Report on vaccination in the Province of Bengal - 1869-1873
Year: 1869
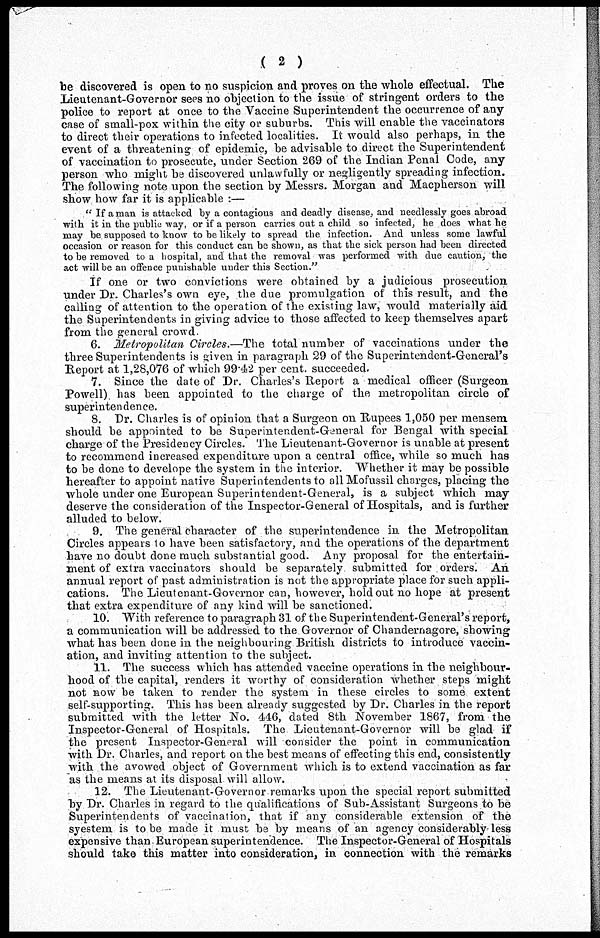
( 2 )
be discovered is open to no suspicion and proves on the whole effectual. The
Lieutenant-Governor sees no objection to the issue of stringent orders to the
police to report at once to the Vaccine Superintendent the occurrence of any
case of small-pox within the city or suburbs. This will enable the vaccinators
to direct their operations to infected localities. It would also perhaps, in the
event of a threatening of epidemic, be advisable to direct the Superintendent
of vaccination to prosecute, under Section 269 of the Indian Penal Code, any
person who might be discovered unlawfully or negligently spreading infection.
The following note upon the section by Messrs. Morgan and Macpherson will
show how far it is applicable :—
" If a man is attacked by a contagious and deadly disease, and needlessly goes abroad
with it in the public way, or if a person carries out a child so infected, he does what he
may be supposed to know to be likely to spread the infection. And unless some lawful
occasion or reason for this conduct can be shown, as that the sick person had been directed
to be removed to a hospital, and that the removal was performed with due caution, the
act will be an offence punishable under this Section."
If one or two convictions were obtained by a judicious prosecution
under Dr. Charles's own eye, the due promulgation of this result, and the
calling of attention to the operation of the existing law, would materially aid
the Superintendents in giving advice to those affected to keep themselves apart
from the general crowd.
6. Metropolitan Circles.—The total number of vaccinations under the
three Superintendents is given in paragraph 29 of the Superintendent-General's
Report at 1,28,076 of which 99.42 per cent. succeeded.
7. Since the date of Dr. Charles's Report a medical officer (Surgeon
Powell) has been appointed to the charge of the metropolitan circle of
superintendence.
8. Dr. Charles is of opinion that a Surgeon on Rupees 1,050 per mensem
should be appointed to be Superintendent-General for Bengal with special
charge of the Presidency Circles. The Lieutenant-Governor is unable at present
to recommend increased expenditure upon a central office, while so much has
to be done to develope the system in the interior. Whether it may be possible
hereafter to appoint native Superintendents to all Mofussil charges, placing the
whole under one European Superintendent-General, is a subject which may
deserve the consideration of the Inspector-General of Hospitals, and is further
alluded to below.
9. The general character of the superintendence in the Metropolitan
Circles appears to have been satisfactory, and the operations of the department
have no doubt done much substantial good. Any proposal for the entertain-
ment of extra vaccinators should be separately submitted for orders. An
annual report of past administration is not the appropriate place for such appli-
cations. The Lieutenant-Governor can, however, hold out no hope at present
that extra expenditure of any kind will be sanctioned.
10. With reference to paragraph 31 of the Superintendent-General's report,
a communication will be addressed to the Governor of Chandernagore, showing
what has been done in the neighbouring British districts to introduce vaccin-
ation, and inviting attention to the subject.
11. The success which has attended vaccine operations in the neighbour-
hood of the capital, renders it worthy of consideration whether steps might
not now be taken to render the system in these circles to some. extent
self-supporting. This has been already suggested by Dr. Charles in the report
submitted with the letter No. 446, dated 8th November 1867, from the
Inspector-General of Hospitals. The Lieutenant-Governor will be glad if
the present Inspector-General will consider the point in communication
with Dr. Charles, and report on the best means of effecting this end, consistently
with the avowed object of Government which is to extend vaccination as far
as the means at its disposal will allow.
12. The Lieutenant-Governor remarks upon the special report submitted
by Dr. Charles in regard to the qualifications of Sub-Assistant Surgeons to be
Superintendents of vaccination, that if any considerable extension of the
syestem is to be made it must be by means of an agency considerably-less
expensive than European superintendence. The Inspector-General of Hospitals
should take this matter into consideration, in connection with the remarks